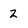
Character: z